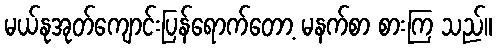
မယ်နုအုတ်ကျောင်းပြန်ရောက်တော့ မနက်စာ စားကြ သည်။